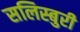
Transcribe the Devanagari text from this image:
सलिस्बुरी